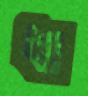
ধা